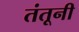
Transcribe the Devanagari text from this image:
तंतूनी